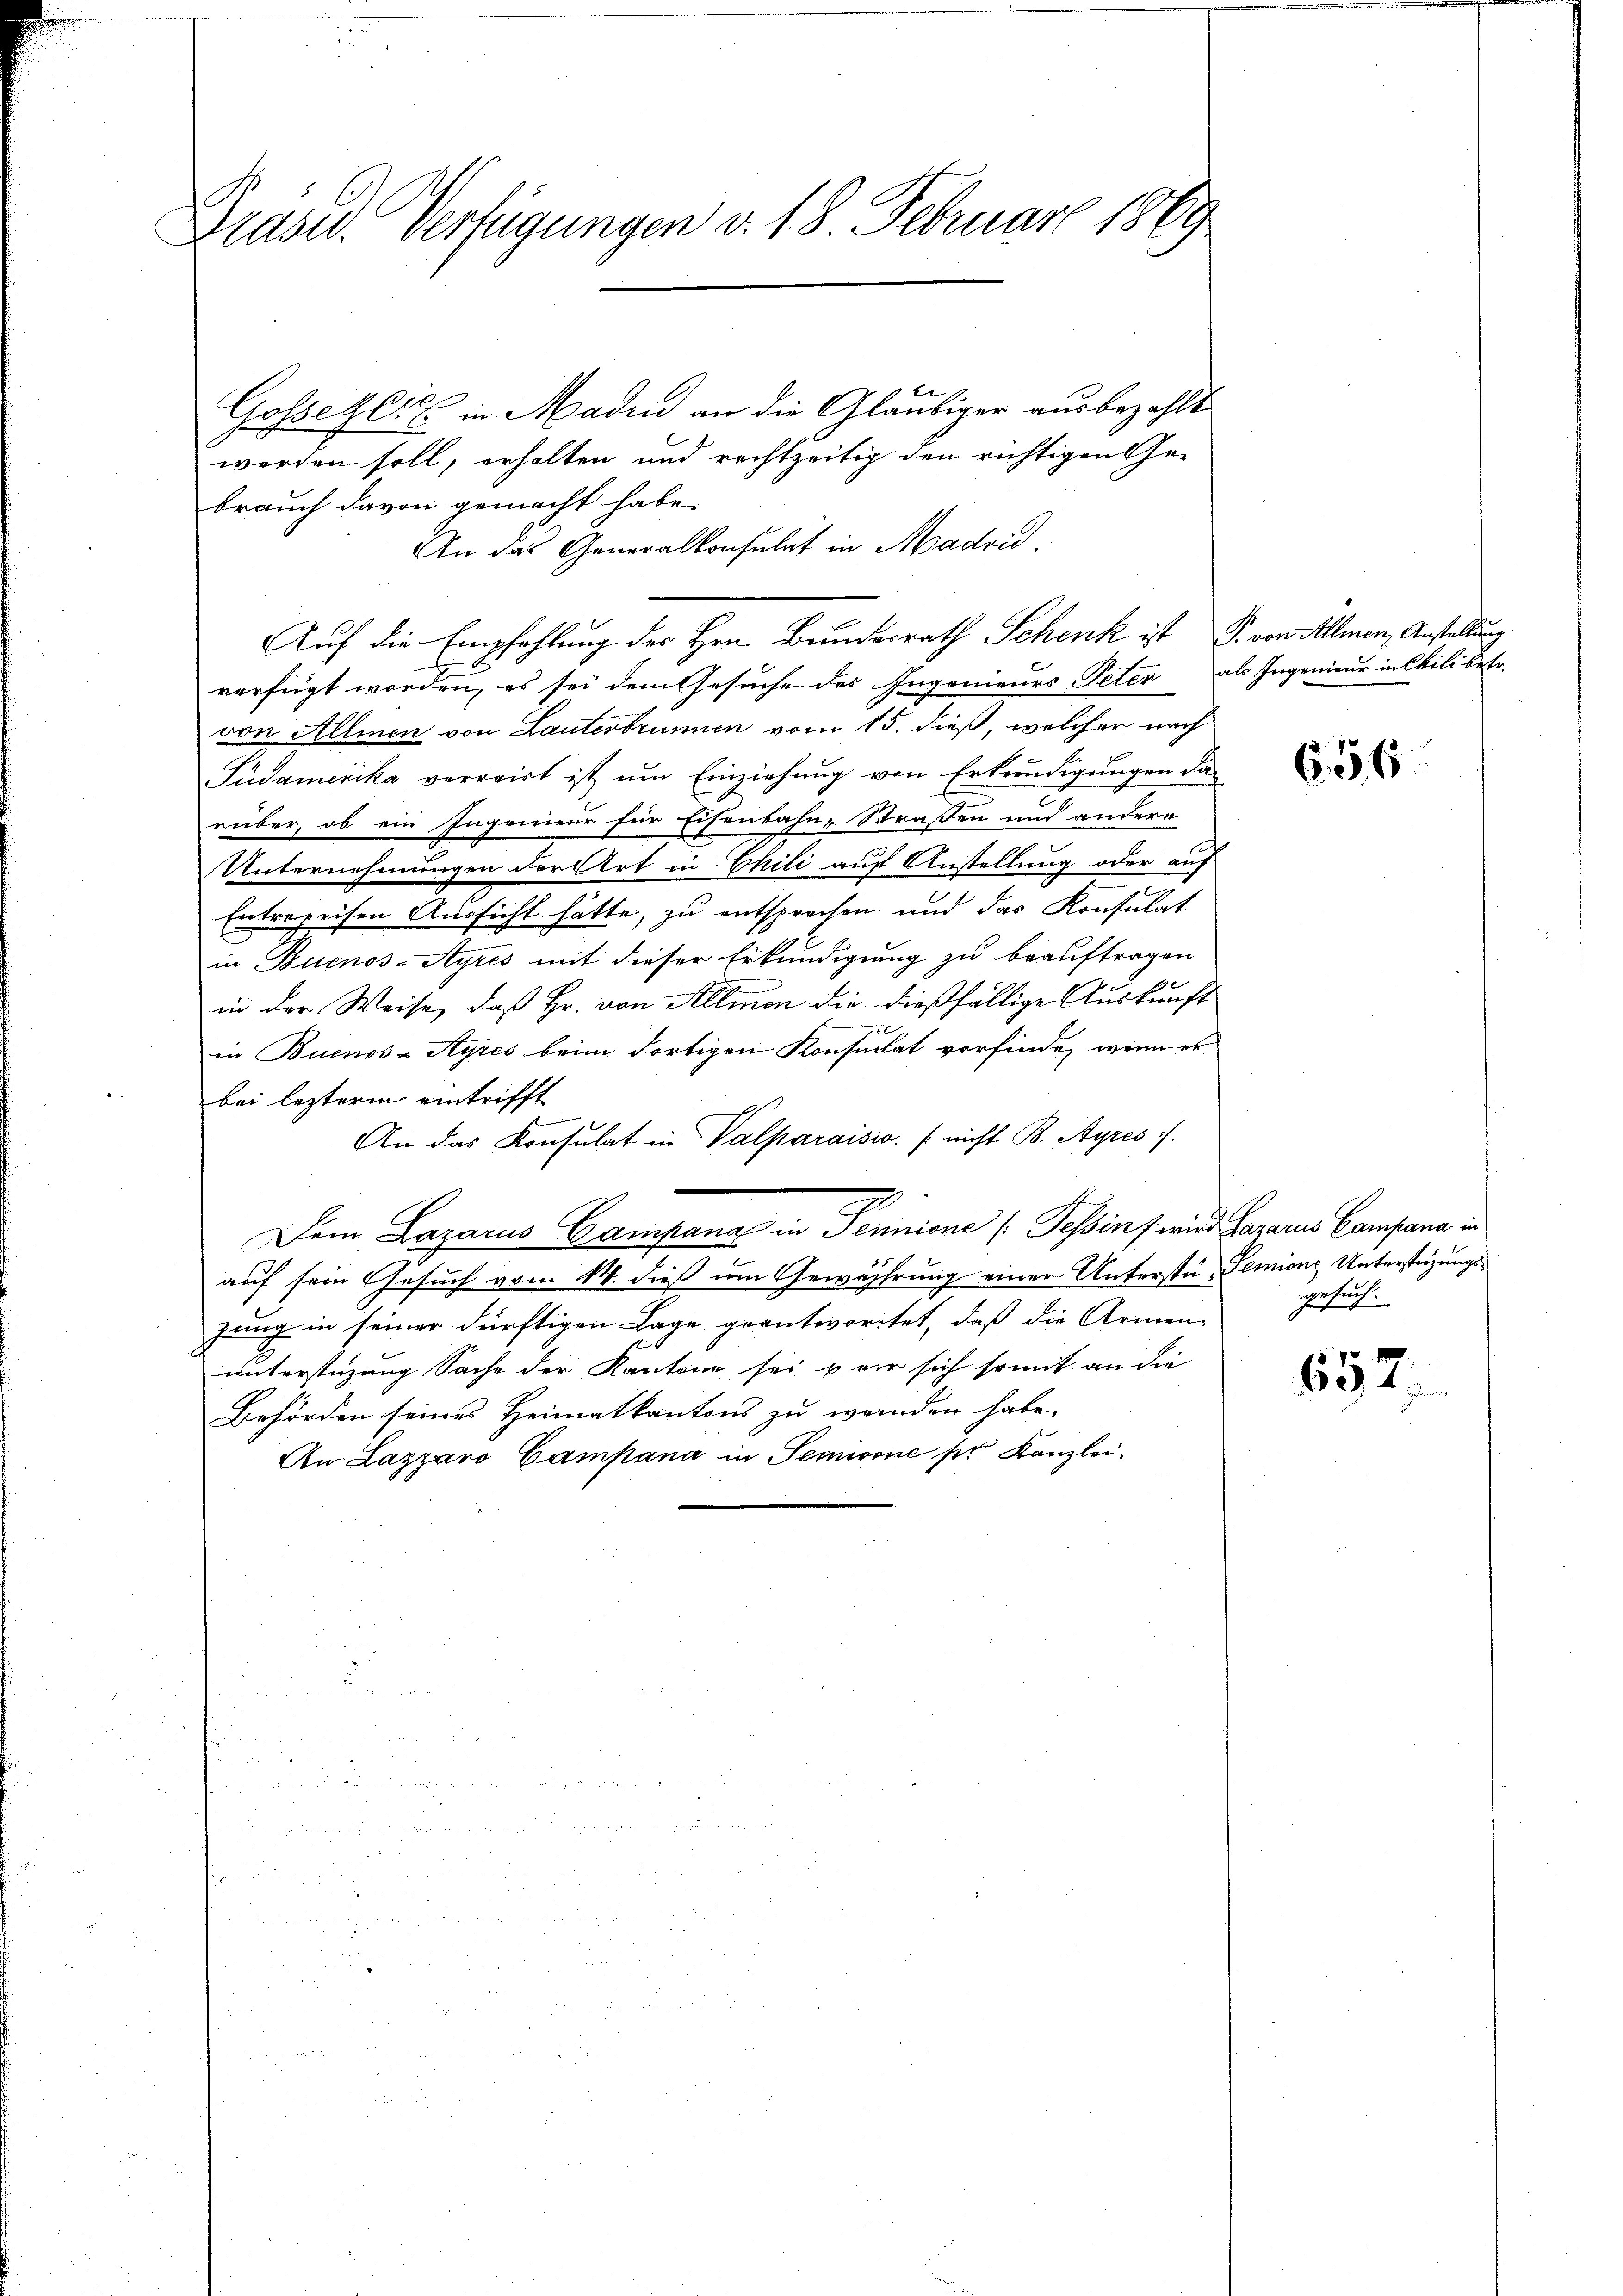
Präsid. Verfügungen v. 18 Februar 1869

Gosseler in Maden an die Gläubiger ausbezahlt
werden soll, erhalten und rechtzeitig den richtigen Ge-
brauch davon gemacht habe.
An das Generalkonsulat in Madri¬
Auf die Empfehlung des Hrn. Bundesrath Schenk ist P. von Allmen, Anstellung
verfügt worden, es sei dem Gesuche des Ingenieurs Peter als Ingenieur in Chili betr.
von Allmen von Lauterbrunnen vom 15. dieß, welcher nach
Pudamerika verreist ist um Einziehung von Erkundigungen das
rüber, ob ein Ingenieur für Eisenbahn-Straßen und andere
Unternehmungen der Art in Chili auf Anstellung oder auf
n
Entreprison Aussicht hätte, zu entsprechen und das Konsulat
in Buenos-Ayres mit dieser Erkundigung zu beauftragen
in der Weise, daß Hr. von Allmon die dießfällige Auskunft
75
in Buenos-Ayres beim dortigen Konsulat vorfinde, wenn er
bei lezterm eintrifft
An das Konsulat in Valparaisis. (nicht B. Ayres).
Dem Lazarus Gampana in Pennione (Tessin frund daraus Cantone in
auf sein Gesuch vom 14. dieß um Gewährung einer Unterstü- Semions Unterstüzungszung in seiner dürftigen Lage geantwortet, daß die Armen gesuch-
unterstüzung Sache der Kantone sei u wir sich somit an die
Behörden seines Heimatkantons zu wenden habe.
An Lazaro Campana in Semione pr. Kanzlei-

656

652